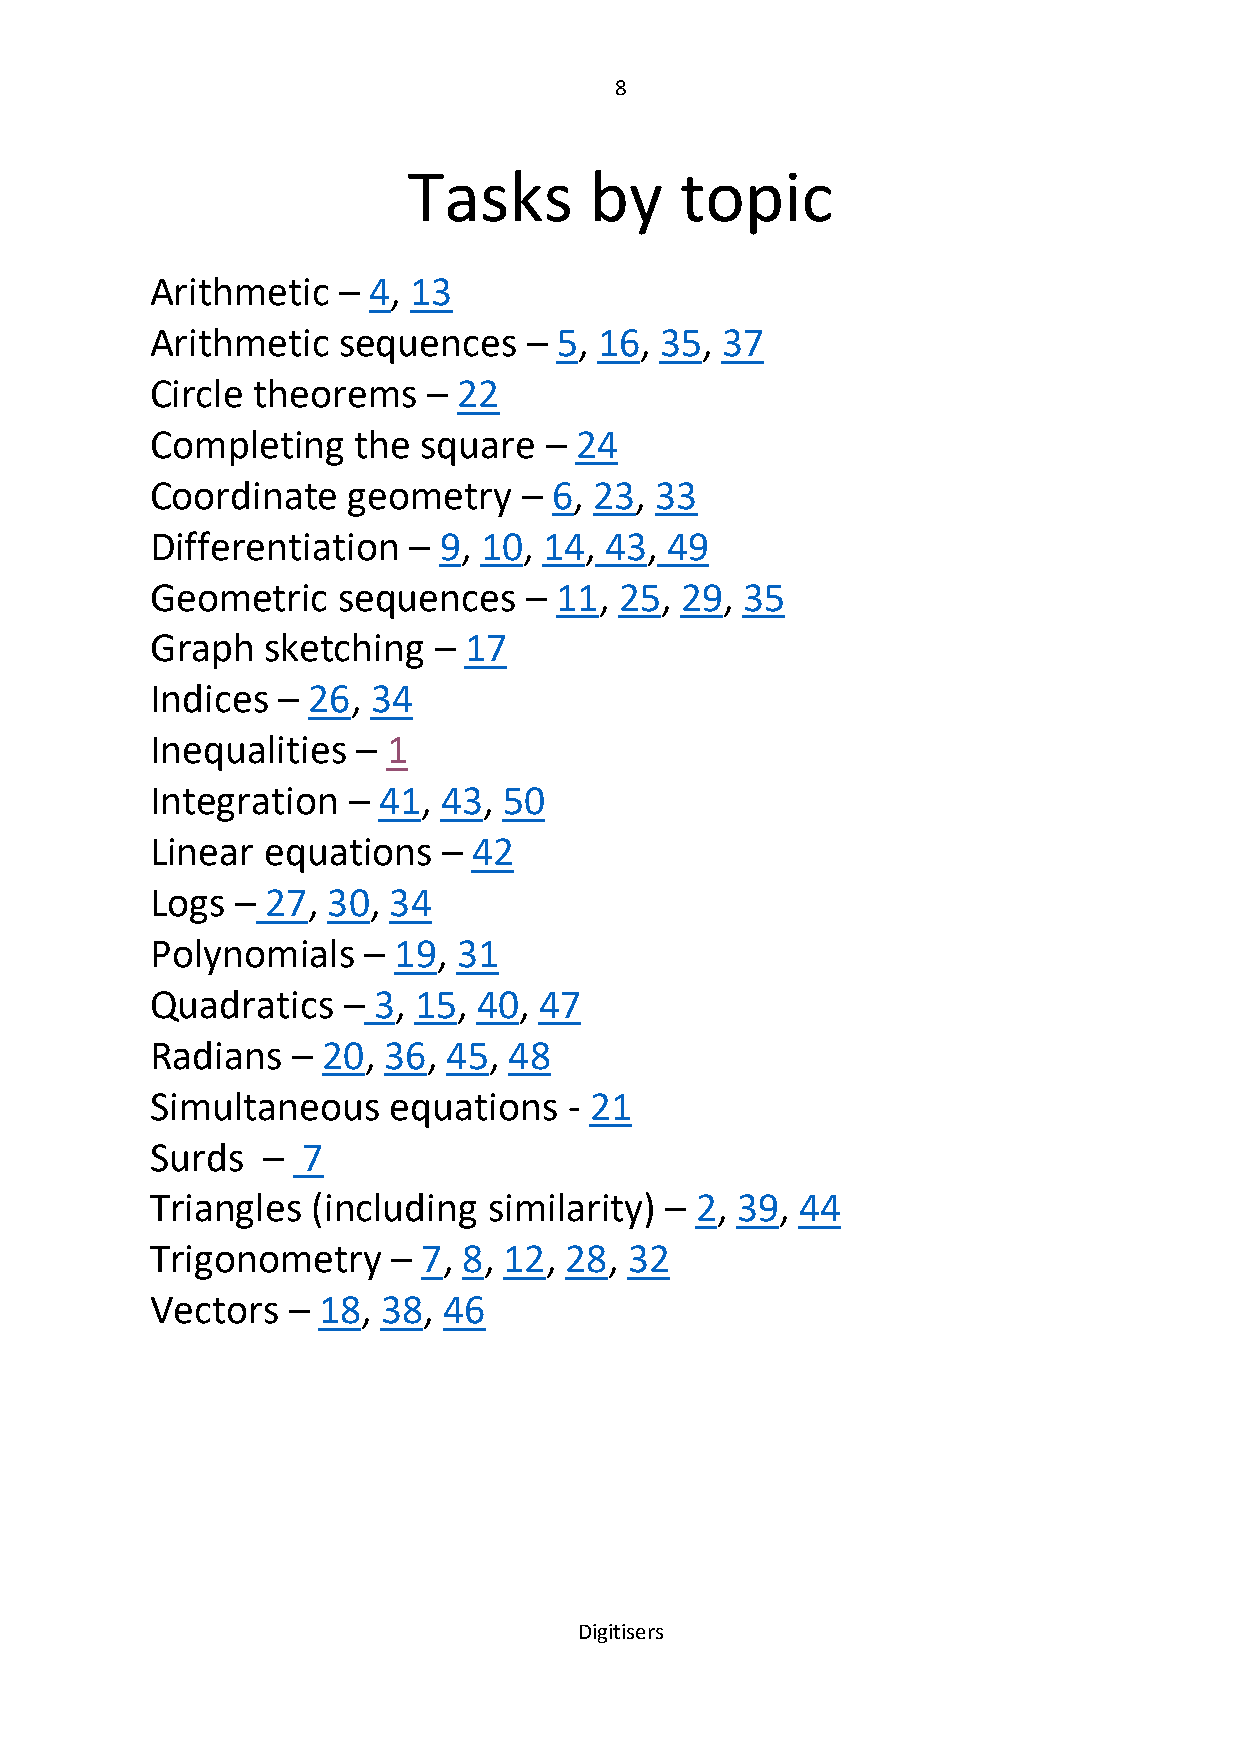
8
 Tasks       by    topic
 Arithmetic  – 4, 13
 Arithmetic  sequences    – 5, 16, 35, 37
 Circle theorems   – 22
 Completing   the  square  – 24
 Coordinate   geometry    – 6, 23, 33
 Differentiation  – 9, 10, 14, 43, 49
 Geometric   sequences    – 11, 25, 29, 35
 Graph  sketching   – 17
 Indices – 26,  34
 Inequalities  – 1
 Integration  – 41, 43, 50
 Linear equations   – 42
 Logs  – 27, 30, 34
 Polynomials   – 19, 31
 Quadratics   – 3, 15, 40, 47
 Radians  – 20, 36,  45, 48
 Simultaneous    equations   - 21
 Surds  –  7
 Triangles  (including similarity) – 2, 39, 44
 Trigonometry    – 7, 8, 12, 28, 32
 Vectors  – 18, 38, 46
 Digitisers